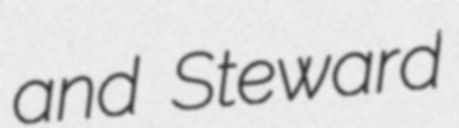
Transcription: and Steward